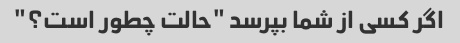
اگر کسی از شما بپرسد "حالت چطور است؟"